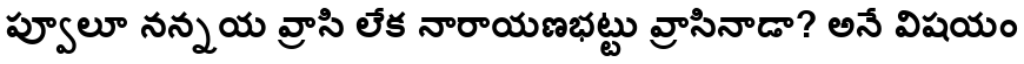
ప్వూలూ నన్నయ వ్రాసి లేక నారాయణభట్టు వ్రాసినాడా? అనే విషయం